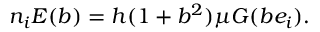
n _ { i } E ( b ) = h ( 1 + b ^ { 2 } ) \mu G ( b e _ { i } ) .